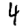
Digit: 4